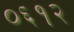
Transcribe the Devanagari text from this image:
०६१२